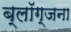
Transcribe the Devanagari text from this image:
ब्लॉग्जना